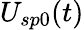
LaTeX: U_{sp0}(t)